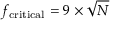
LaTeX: f _ { \mathrm { c r i t i c a l } } = 9 \times { \sqrt { N } }